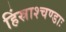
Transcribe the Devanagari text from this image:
हिंस्राश्चण्डाः